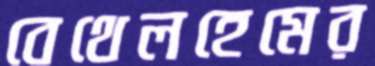
বেথেলহেমের